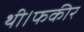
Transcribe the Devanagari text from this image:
थी।फकीर